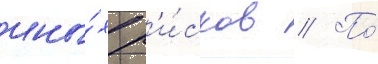
ины́х р'и́сков // По́